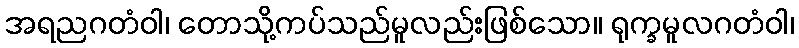
အရညဂတံဝါ၊ တောသို့ကပ်သည်မူလည်းဖြစ်သော။ ရုက္ခမူလဂတံဝါ၊